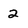
Character: 2